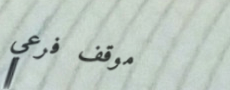
موقف فرعي